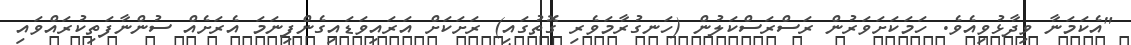
"އެކަމަނާ ވިދާޅުވިއެވެ. ހަމަކަށަވަރުން ރަސްރަސްކަލުން (ހަނގުރާމަވެރި ގޮތުގައި) ރަށަކަށް އަރައިވަޑައިގެންފިނަމަ އެރަށެއް ސުންނާފަތިކުރައްވައި